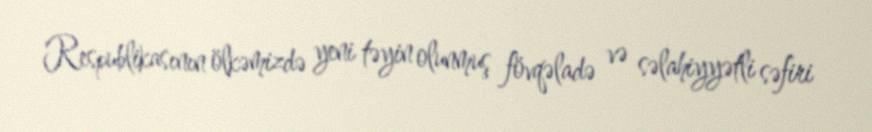
Respublikasının ölkəmizdə yeni təyin olunmuş fövqəladə və səlahiyyətli səfiri